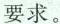
要求。